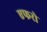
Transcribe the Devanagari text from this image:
एफरो